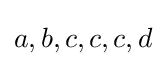
a,b,c,c,c,d